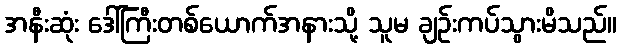
အနီးဆုံး ဒေါ်ကြီးတစ်ယောက်အနားသို့ သူမ ချဉ်းကပ်သွားမိသည်။